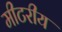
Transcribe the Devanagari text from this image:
मीटरीय